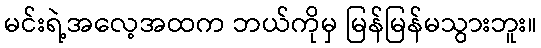
မင်းရဲ့အလေ့အထက ဘယ်ကိုမှ မြန်မြန်မသွားဘူး။